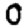
Digit: 0